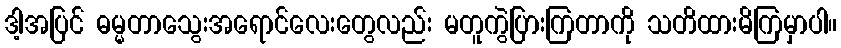
ဒါ့အပြင် ဓမ္မတာသွေးအရောင်လေးတွေလည်း မတူကွဲပြားကြတာကို သတိထားမိကြမှာပါ။